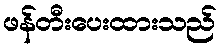
ဖန်တီးပေးထားသည်